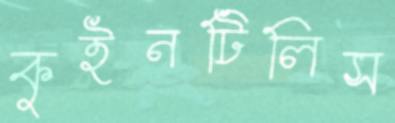
কুইনটিলিস